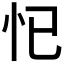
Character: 𱞁